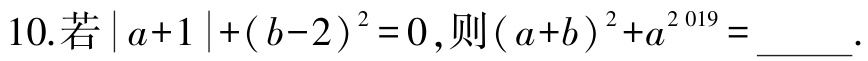
10. 若\(\vert a + 1\vert+(b - 2)^{2}=0\)，则\((a + b)^{2}+a^{2019}=\underline{\quad\quad}\).